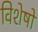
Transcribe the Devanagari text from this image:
विशेषो